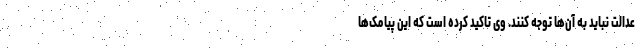
عدالت نباید به آن‌ها توجه کنند. وی تاکید کرده است که این پیامک‌ها